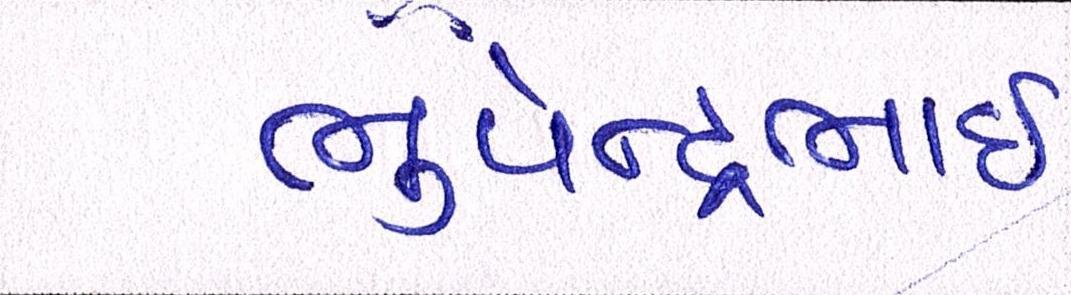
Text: ભુપેન્દ્રભાઇ